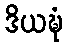
ဒိယဍ္ဎံ